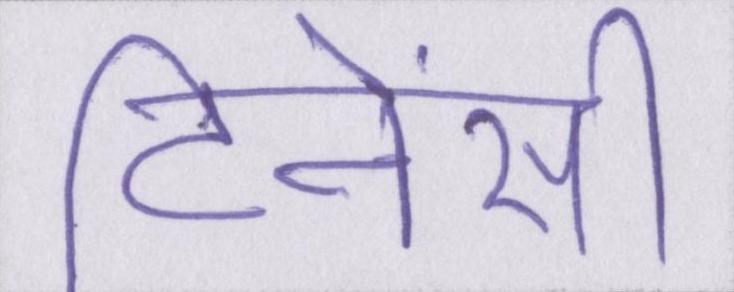
टिनेंसी